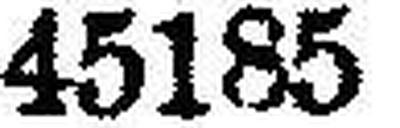
45185